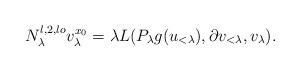
LaTeX: \begin{align*} N_\lambda^{l,2,lo} v_\lambda^{x_0} = \lambda L(P_{\lambda} g(u_{<\lambda}), \partial v_{<\lambda}, v_\lambda).\end{align*}